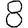
Digit: 8